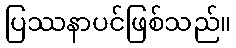
ပြဿနာပင်ဖြစ်သည်။